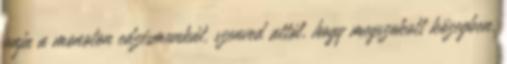
unja a monoton edzésmunkát, szenved attól, hogy megszokott közegben,